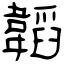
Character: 韜